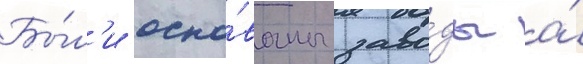
Бы́л'и осно́ваны заво́ды а́